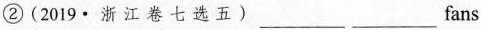
② (2019·浙江卷七选五)___ ___fans